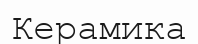
Керамика